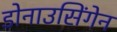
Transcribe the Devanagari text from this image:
डोनाउसिंगेन